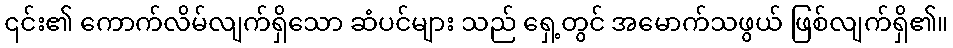
၎င်း၏ ကောက်လိမ်လျက်ရှိသော ဆံပင်များ သည် ရှေ့တွင် အမောက်သဖွယ် ဖြစ်လျက်ရှိ၏။